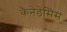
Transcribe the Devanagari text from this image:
कैनेडेंसिस